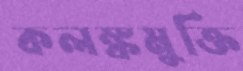
কলঙ্কমুক্তি